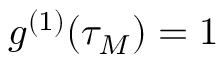
g ^ { ( 1 ) } ( \tau _ { M } ) = 1